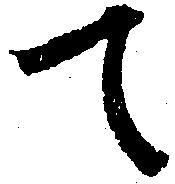
て